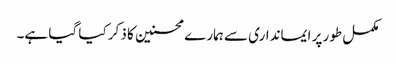
مکمل طور پر ایمانداری سے ہمارے محسنین کا ذکر کیا گیا ہے۔